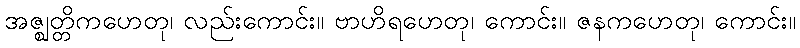
အဇ္ဈတ္တိကဟေတု၊ လည်းကောင်း။ ဗာဟိရဟေတု၊ ကောင်း။ ဇနကဟေတု၊ ကောင်း။